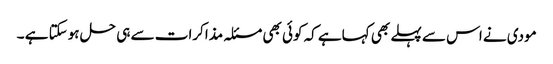
مودی نے اس سے پہلے بھی کہاہے کہ کوئی بھی مسئلہ مذاکرات سے ہی حل ہوسکتا ہے ۔